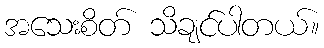
အသေးစိတ် သိချင်ပါတယ်။